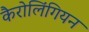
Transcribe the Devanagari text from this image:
कैरोलिंगियन